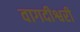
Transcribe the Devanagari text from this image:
वागदीश्वरी